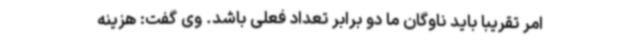
امر تقریبا باید ناوگان ما دو برابر تعداد فعلی باشد. وی گفت: هزینه